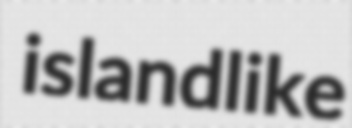
islandlike